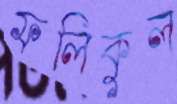
ফলিকুল